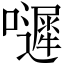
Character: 𡂙